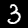
Digit: 3